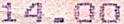
14.00